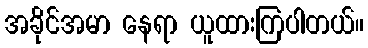
အခိုင်အမာ နေရာ ယူထားကြပါတယ်။